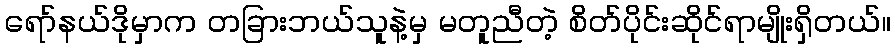
ရော်နယ်ဒိုမှာက တခြားဘယ်သူနဲ့မှ မတူညီတဲ့ စိတ်ပိုင်းဆိုင်ရာမျိုးရှိတယ်။